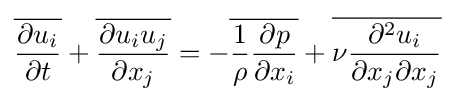
{\overline {\frac {\partial u_{i}}{\partial t}}}+{\overline {\frac {\partial u_{i}u_{j}}{\partial x_{j}}}}=-{\overline {{\frac {1}{\rho }}{\frac {\partial p}{\partial x_{i}}}}}+{\overline {\nu {\frac {\partial ^{2}u_{i}}{\partial x_{j}\partial x_{j}}}}}